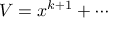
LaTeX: V = x ^ { k + 1 } + \cdots